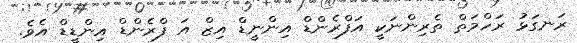
ރަނގަޅު ރަހްމަތް ތެރިންނަކީ އަފްރެންޑް އިންނީޑް އިޒް އަ ފްރެންޑް އިންޑީޑް އެވެ.